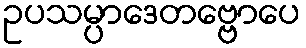
ဥပသမ္ပာဒေတဗ္ဗောပေ